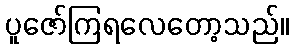
ပူဇော်ကြရလေတော့သည်။